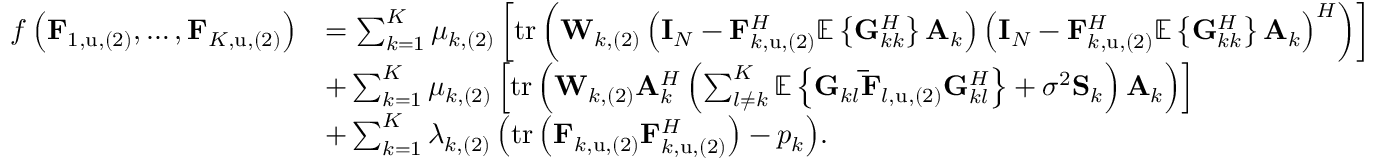
\begin{array} { r l } { f \left( \mathbf { F } _ { 1 , \mathrm { u } , ( 2 ) } , \dots , \mathbf { F } _ { K , \mathrm { u } , ( 2 ) } \right) } & { = \sum _ { k = 1 } ^ { K } { \mu _ { k , ( 2 ) } \left[ \mathrm { t r } \left( \mathbf { W } _ { k , ( 2 ) } \left( \mathbf { I } _ { N } - \mathbf { F } _ { k , \mathrm { u } , ( 2 ) } ^ { H } \mathbb { E } \left\{ \mathbf { G } _ { k k } ^ { H } \right\} \mathbf { A } _ { k } \right) \left( \mathbf { I } _ { N } - \mathbf { F } _ { k , \mathrm { u } , ( 2 ) } ^ { H } \mathbb { E } \left\{ \mathbf { G } _ { k k } ^ { H } \right\} \mathbf { A } _ { k } \right) ^ { H } \right) \right] } } \\ & { + \sum _ { k = 1 } ^ { K } { \mu _ { k , ( 2 ) } \left[ \mathrm { t r } \left( \mathbf { W } _ { k , ( 2 ) } \mathbf { A } _ { k } ^ { H } \left( \sum _ { l \ne k } ^ { K } { \mathbb { E } \left\{ \mathbf { G } _ { k l } \mathbf { \bar { F } } _ { l , \mathrm { u } , ( 2 ) } \mathbf { G } _ { k l } ^ { H } \right\} } + \sigma ^ { 2 } \mathbf { S } _ { k } \right) \mathbf { A } _ { k } \right) \right] } } \\ & { + \sum _ { k = 1 } ^ { K } { \lambda _ { k , ( 2 ) } \left( \mathrm { t r } \left( \mathbf { F } _ { k , \mathrm { u } , ( 2 ) } \mathbf { F } _ { k , \mathrm { u } , ( 2 ) } ^ { H } \right) - p _ { k } \right) } . } \end{array}